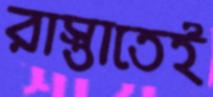
রাস্তাতেই